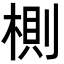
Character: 𣖡